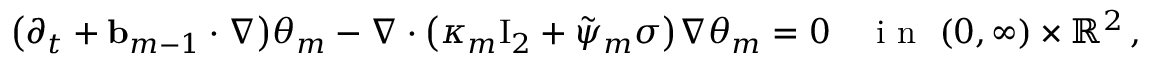
\bigl ( \partial _ { t } + \ensuremath { \mathbf { b } } _ { m - 1 } \cdot \nabla \bigr ) \theta _ { m } - \nabla \cdot \bigl ( \kappa _ { m } \ensuremath { \mathrm { I } _ { 2 } } + \tilde { \psi } _ { m } \sigma \bigr ) \nabla \theta _ { m } = 0 \quad \mathrm { ~ i ~ n ~ } \ ( 0 , \infty ) \times \ensuremath { \mathbb { R } } ^ { 2 } \, ,